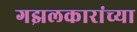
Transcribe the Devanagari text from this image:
गझलकारांच्या